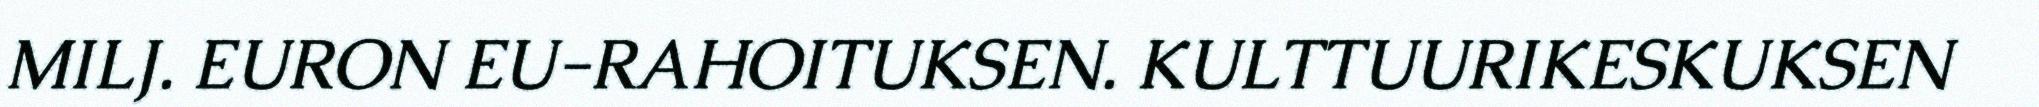
MILJ. EURON EU-RAHOITUKSEN. KULTTUURIKESKUKSEN